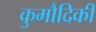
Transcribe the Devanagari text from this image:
कुमौदिकी